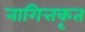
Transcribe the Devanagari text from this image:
नागित्तकृत